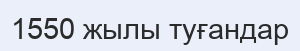
1550 жылы туғандар